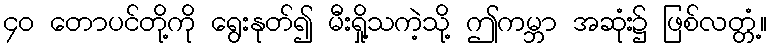
၄၀ တောပင်တို့ကို ရွေးနုတ်၍ မီးရှို့သကဲ့သို့ ဤကမ္ဘာ အဆုံး၌ ဖြစ်လတ္တံ့။